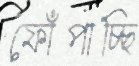
ফোঁপাচ্ছি